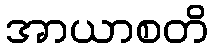
အာယာစတိ